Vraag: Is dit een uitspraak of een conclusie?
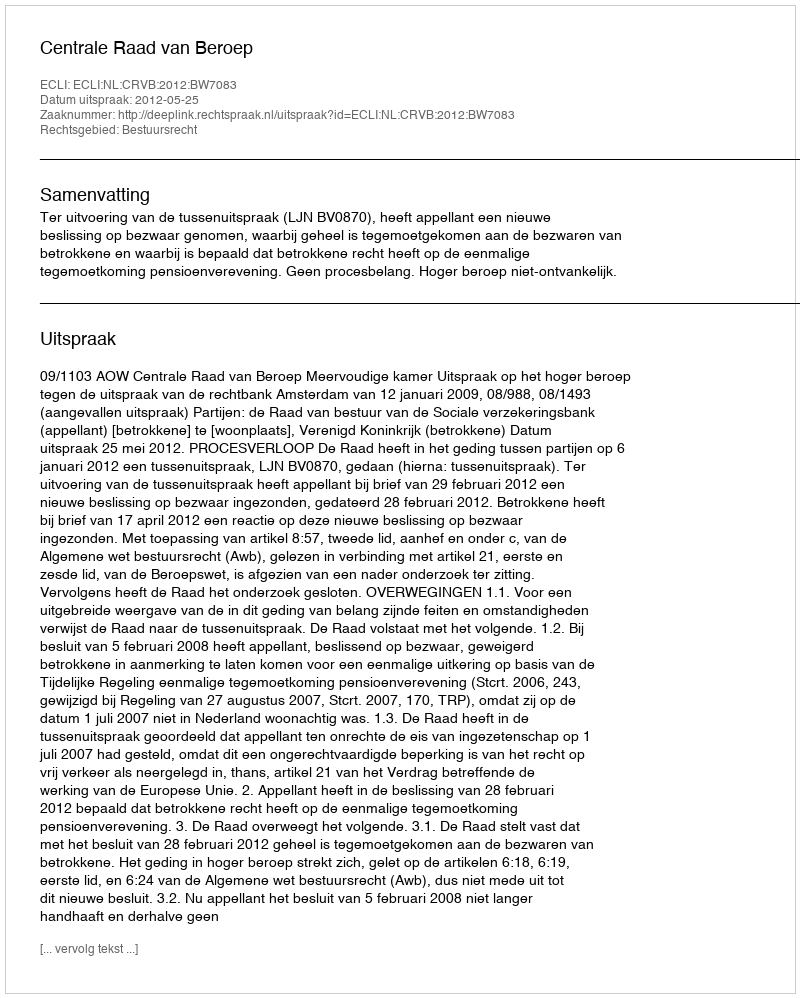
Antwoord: Uitspraak